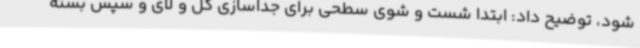
شود، توضیح داد: ابتدا شست و شوی سطحی برای جداسازی گل و لای و سپس بسته